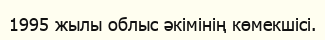
1995 жылы облыс әкімінің көмекшісі.